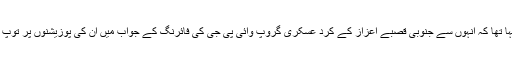
ترک فوج نے بدھ کے روز کہا تھا کہ انہوں سے جنوبی قصبے اعزاز کے کرد عسکری گروپ وائی پی جی کی فائرنگ کے جواب میں ان کی پوزیشنوں پر توپ خانے سے گولے داغے تھے۔